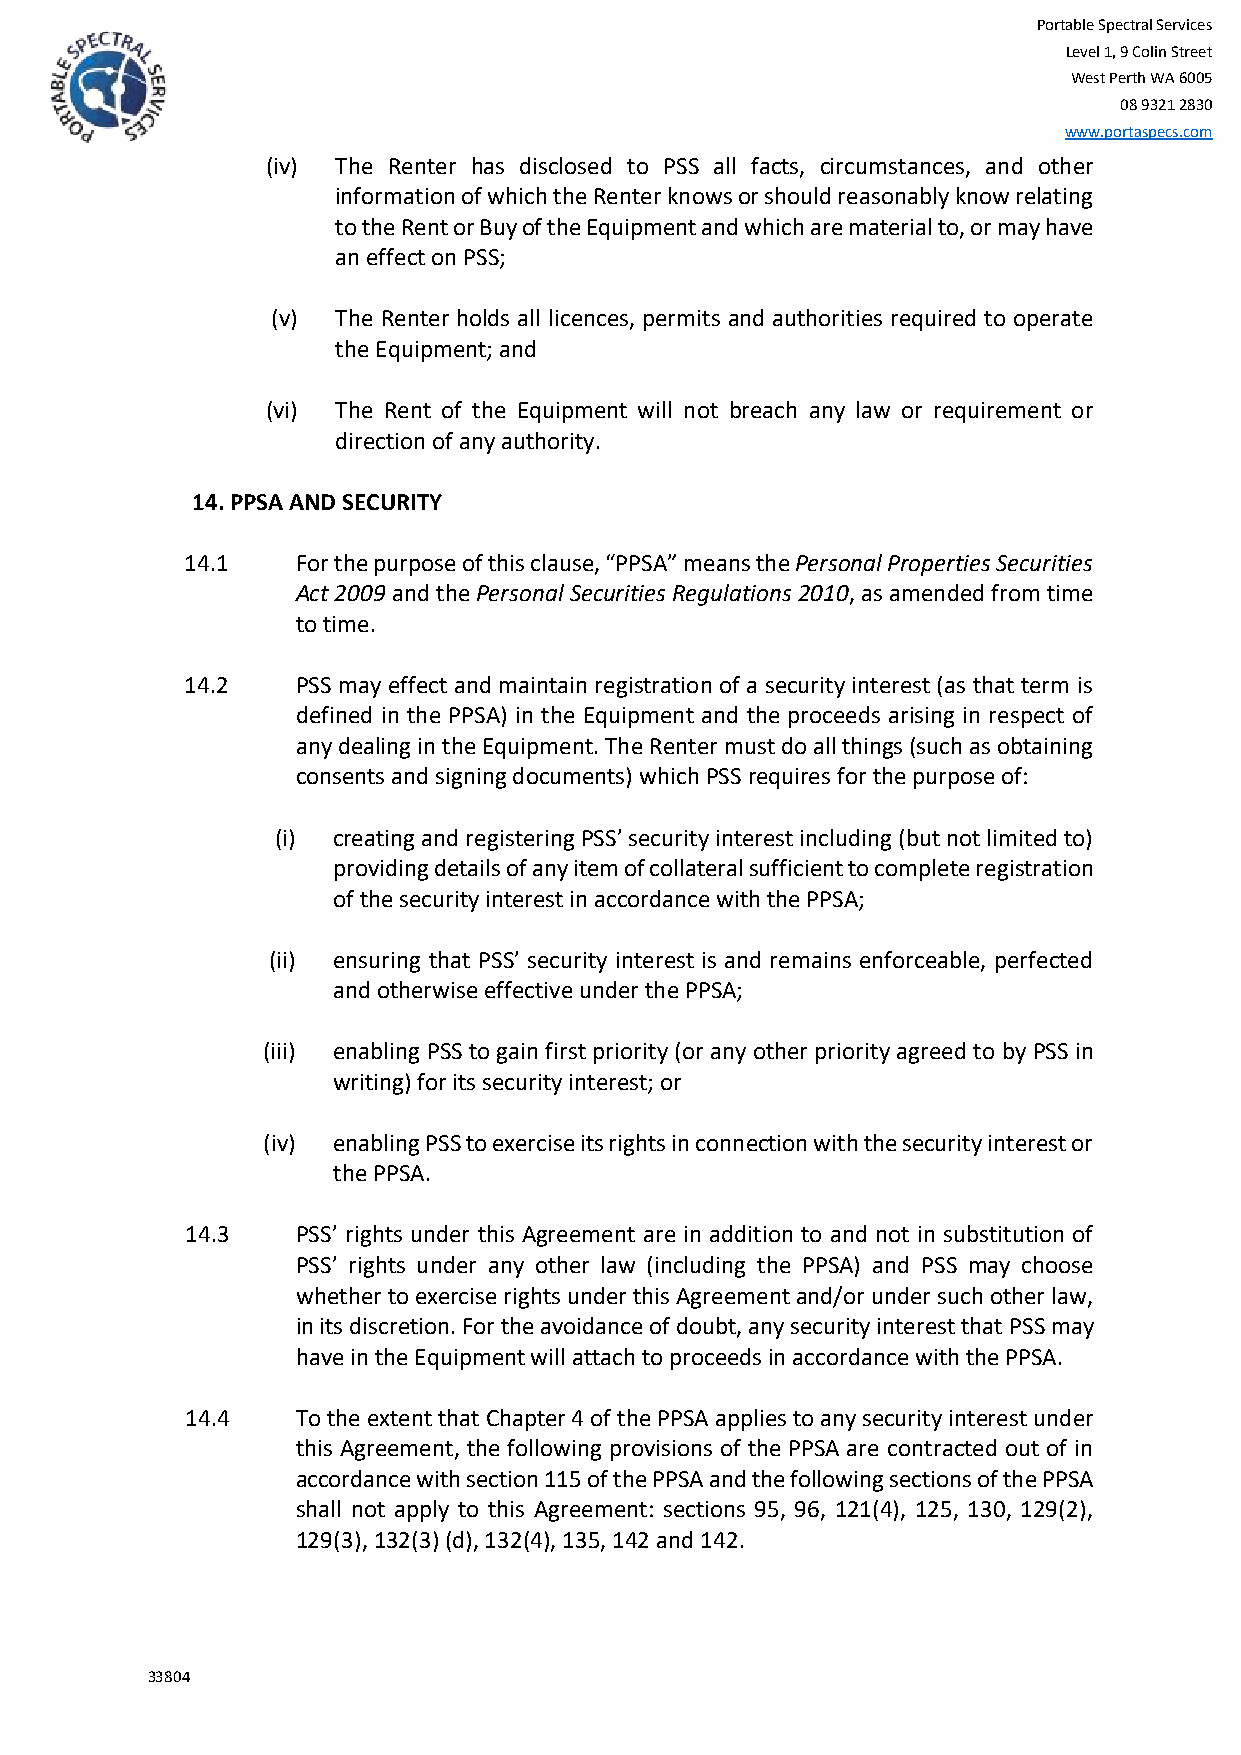
Portable Spectral Services
 Level 1, 9 Colin Street
 West Perth WA 6005
 08 9321 2830
 www.portaspecs.com
 (iv) The Renter has disclosed to PSS all facts, circumstances, and other
 information of which the Renter knows or should reasonably know relating
 to the Rent or Buy of the Equipment and which are material to, or may have
 an effect on PSS;
 (v) The Renter holds all licences, permits and authorities required to operate
 the Equipment; and
 (vi) The Rent of the Equipment will not breach any law or requirement or
 direction of any authority.
 14. PPSA AND SECURITY
 14.1    For the purpose of this clause, “PPSA” means the Personal Properties Securities
 Act 2009 and the Personal Securities Regulations 2010, as amended from time
 to time.
 14.2    PSS may effect and maintain registration of a security interest (as that term is
 defined in the PPSA) in the Equipment and the proceeds arising in respect of
 any dealing in the Equipment. The Renter must do all things (such as obtaining
 consents and signing documents) which PSS requires for the purpose of:
 (i) creating and registering PSS’ security interest including (but not limited to)
 providing details of any item of collateral sufficient to complete registration
 of the security interest in accordance with the PPSA;
 (ii) ensuring that PSS’ security interest is and remains enforceable, perfected
 and otherwise effective under the PPSA;
 (iii) enabling PSS to gain first priority (or any other priority agreed to by PSS in
 writing) for its security interest; or
 (iv) enabling PSS to exercise its rights in connection with the security interest or
 the PPSA.
 14.3    PSS’ rights under this Agreement are in addition to and not in substitution of
 PSS’ rights under any other law (including the PPSA) and PSS may choose
 whether to exercise rights under this Agreement and/or under such other law,
 in its discretion. For the avoidance of doubt, any security interest that PSS may
 have in the Equipment will attach to proceeds in accordance with the PPSA.
 14.4    To the extent that Chapter 4 of the PPSA applies to any security interest under
 this Agreement, the following provisions of the PPSA are contracted out of in
 accordance with section 115 of the PPSA and the following sections of the PPSA
 shall not apply to this Agreement: sections 95, 96, 121(4), 125, 130, 129(2),
 129(3), 132(3) (d), 132(4), 135, 142 and 142.
 33804